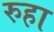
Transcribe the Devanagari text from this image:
रुहा